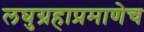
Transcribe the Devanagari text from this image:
लघुग्रहाप्रमाणेच